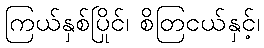
ကြယ်နှစ်ပြိုင်၊ စိတြငယ်နှင့်၊